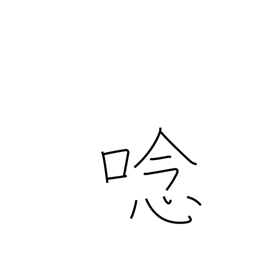
Meaning: roar